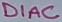
Text: DIAC